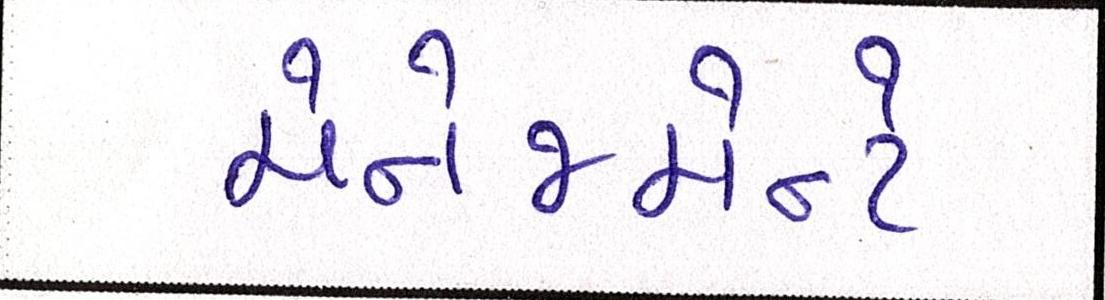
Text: મેનેજમેન્ટે